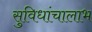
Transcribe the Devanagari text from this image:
सुविधांचालाभ